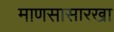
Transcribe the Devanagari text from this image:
माणसासारखा